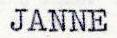
JANNE